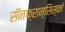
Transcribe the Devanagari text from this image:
सॅनफ्रान्सिस्को